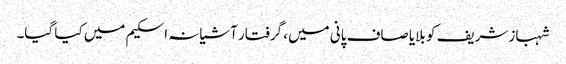
شہباز شریف کو بلایا صاف پانی میں، گرفتار آشیانہ اسکیم میں کیا گیا۔